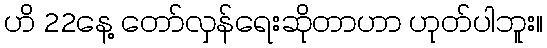
ဟိ 22နေ့ တော်လှန်ရေးဆိုတာဟာ ဟုတ်ပါဘူး။